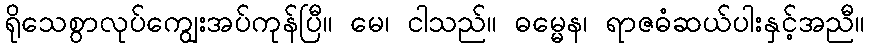
ရိုသေစွာလုပ်ကျွေးအပ်ကုန်ပြီ။ မေ၊ ငါသည်။ ဓမ္မေန၊ ရာဇဓံဆယ်ပါးနှင့်အညီ။